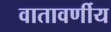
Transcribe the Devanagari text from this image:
वातावर्णीय